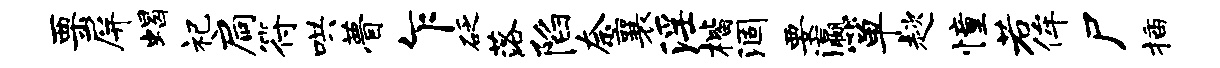
栗屏蝎祀扃符哄瞢乍砭落陷奈襄淫楷涸要瀛箪趑憧若侔尸插